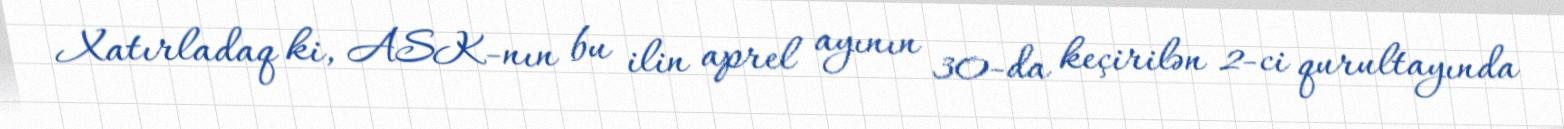
Xatırladaq ki, ASK-nın bu ilin aprel ayının 30-da keçirilən 2-ci qurultayında